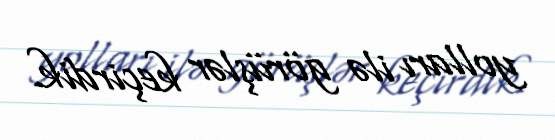
yolları ilə görüşlər keçirdik.